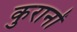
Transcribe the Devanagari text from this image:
कुरानों